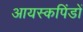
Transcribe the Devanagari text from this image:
आयस्कपिंडों